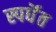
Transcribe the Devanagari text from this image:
स्पर्धॆत